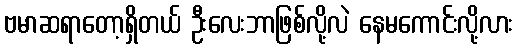
ဗမာဆရာတော့ရှိတယ် ဦးလေးဘာဖြစ်လို့လဲ နေမကောင်းလို့လား